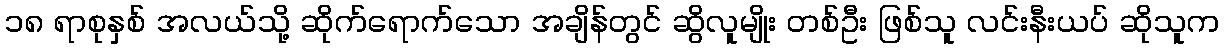
၁၈ ရာစုနှစ် အလယ်သို့ ဆိုက်ရောက်သော အချိန်တွင် ဆွိလူမျိုး တစ်ဦး ဖြစ်သူ လင်းနီးယပ် ဆိုသူက